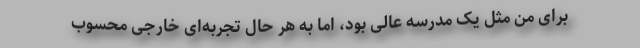
برای من مثل یک مدرسه عالی بود، اما به هر حال تجربه‌ای خارجی محسوب